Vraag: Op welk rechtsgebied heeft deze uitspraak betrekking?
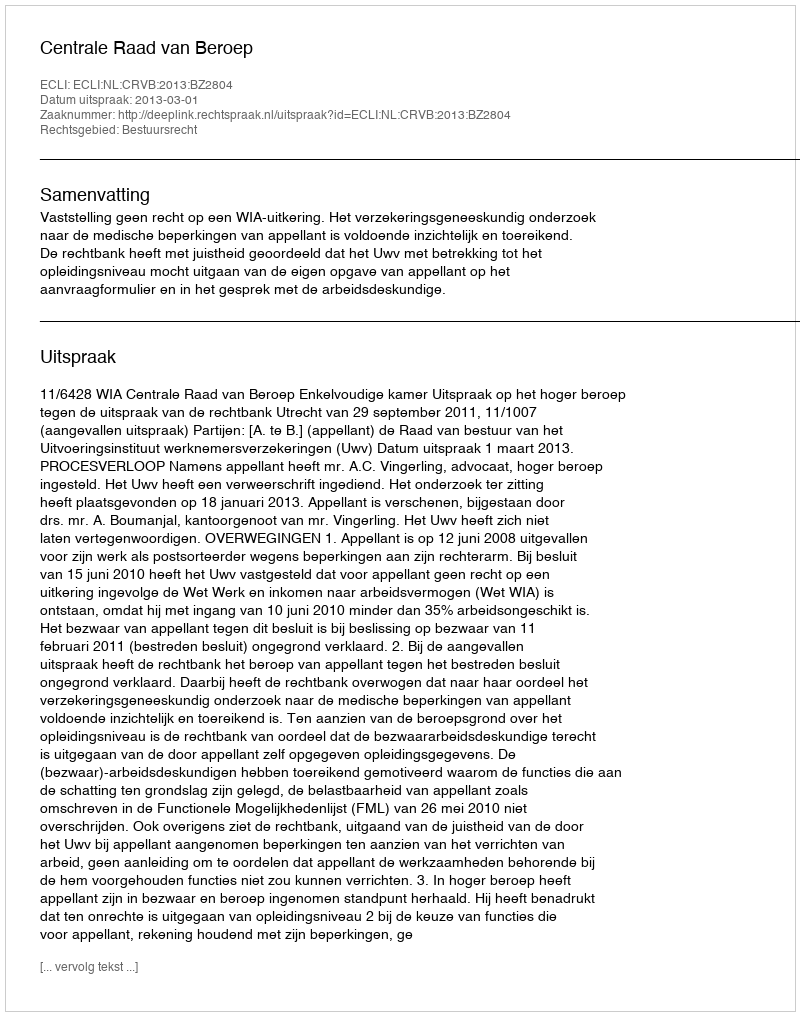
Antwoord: Bestuursrecht